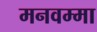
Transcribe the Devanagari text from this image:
मनवम्मा